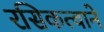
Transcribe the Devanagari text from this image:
रसिकत्वाने